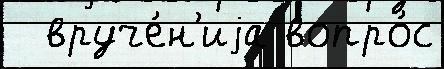
  вруче́н'иjа вопро́с